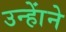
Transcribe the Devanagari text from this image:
उन्हाेंने